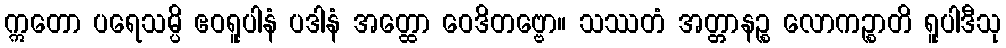
ဣတော ပရေသမ္ပိ ဧဝရူပါနံ ပဒါနံ အတ္ထော ဝေဒိတဗ္ဗော။ သဿတံ အတ္တာနဉ္စ လောကဉ္စာတိ ရူပါဒီသု